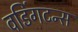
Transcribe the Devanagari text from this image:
वडिंगटन्स